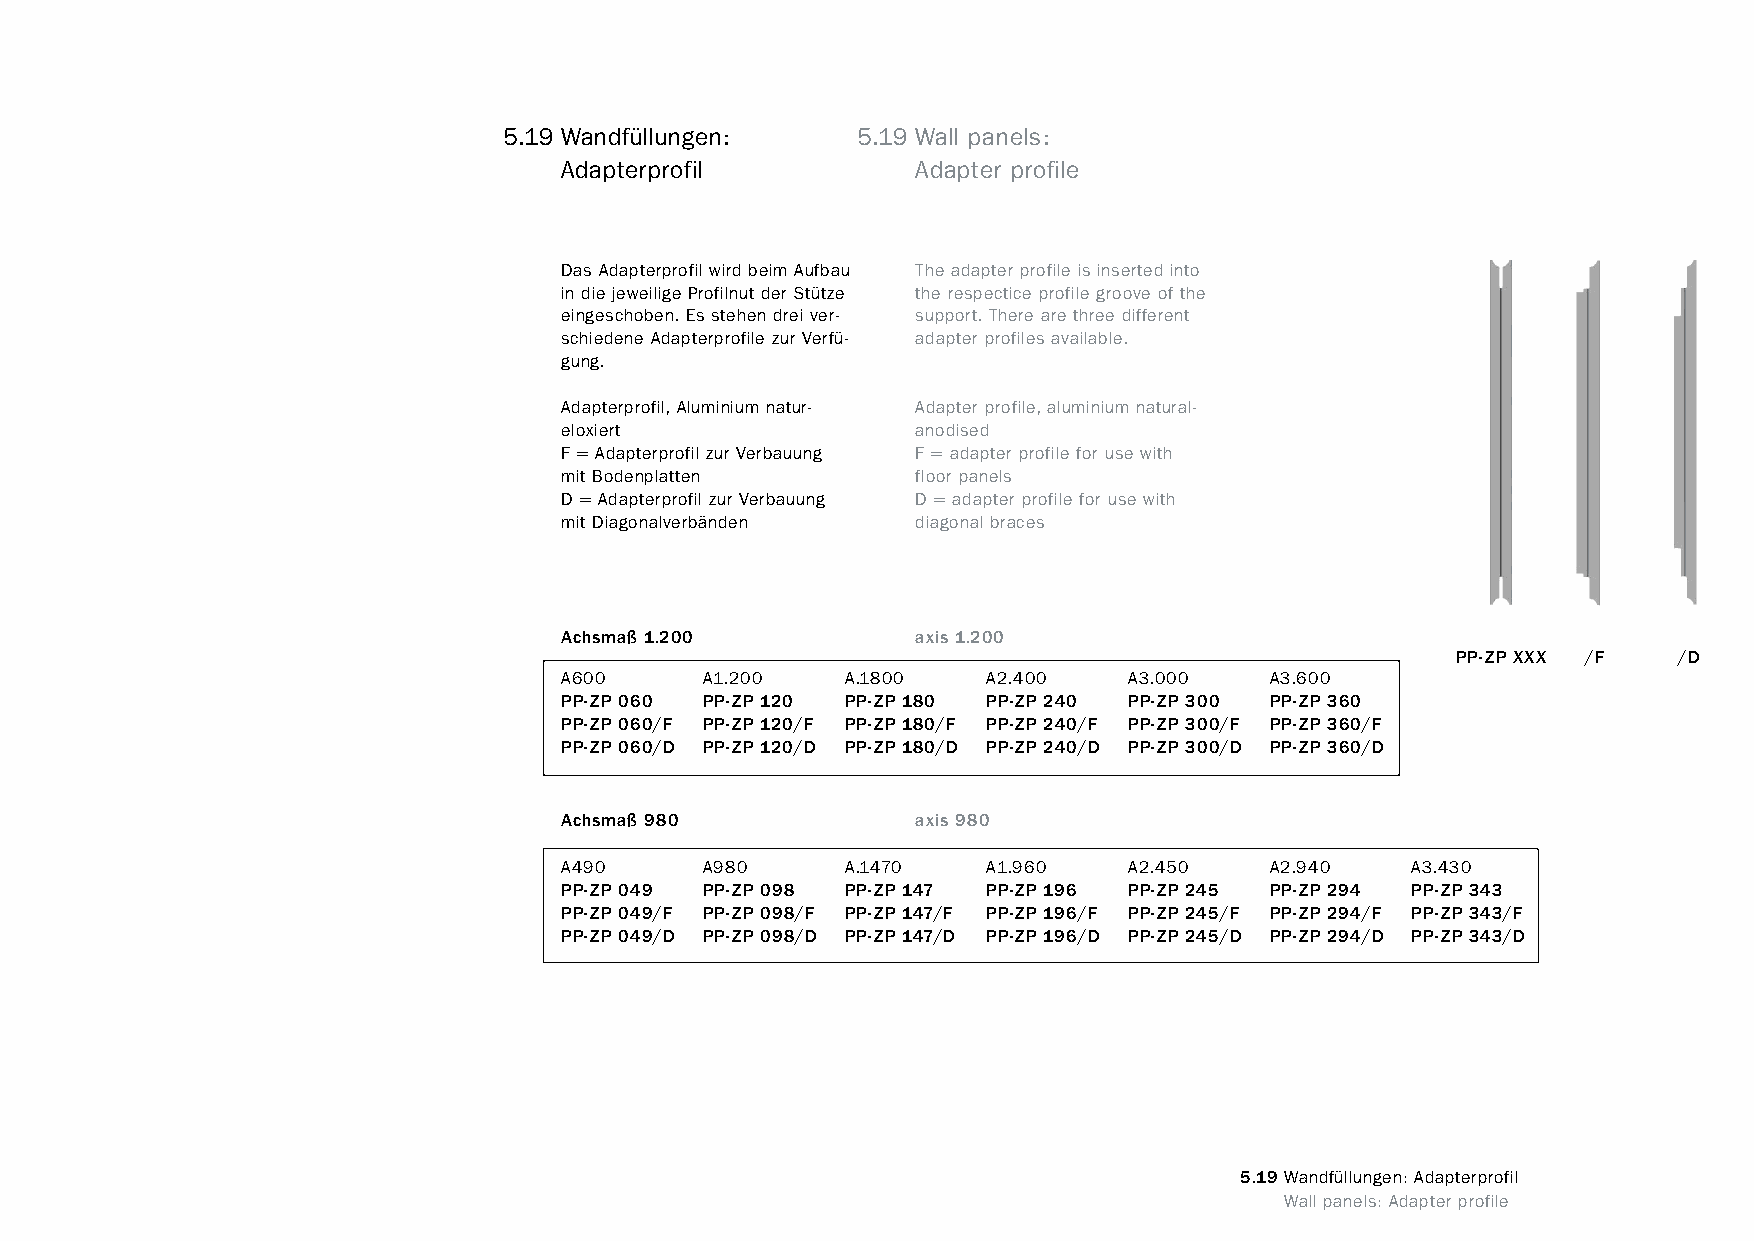
constructivpila petite       5.19 Wandfüllungen:     5.19 Wall panels:
 Adapterprofil           Adapter profile
 Das Adapterprofil wird beim Aufbau The adapter profile is inserted into
 in die jeweilige Profilnut der Stütze the respectice profile groove of the
 eingeschoben. Es stehen drei ver- support. There are three different
 schiedene Adapterprofile zur Verfü- adapter profiles available.
 gung.
 Adapterprofil, Aluminium natur- Adapter profile, aluminium natural-
 eloxiert                anodised
 F = Adapterprofil zur Verbauung F = adapter profile for use with
 mit Bodenplatten        floor panels
 D = Adapterprofil zur Verbauung D = adapter profile for use with
 mit Diagonalverbänden   diagonal braces
 Achsmaß 1.200           axis 1.200
 PP-ZP XXX /F   /D
 A600      A1.200   A.1800   A2.400    A3.000   A3.600
 PP-ZP 060 PP-ZP 120 PP-ZP 180 PP-ZP 240 PP-ZP 300 PP-ZP 360
 PP-ZP 060/F PP-ZP 120/F PP-ZP 180/F PP-ZP 240/F PP-ZP 300/F PP-ZP 360/F
 PP-ZP 060/D PP-ZP 120/D PP-ZP 180/D PP-ZP 240/D PP-ZP 300/D PP-ZP 360/D
 Achsmaß 980             axis 980
 A490      A980     A.1470   A1.960    A2.450   A2.940   A3.430
 PP-ZP 049 PP-ZP 098 PP-ZP 147 PP-ZP 196 PP-ZP 245 PP-ZP 294 PP-ZP 343
 PP-ZP 049/F PP-ZP 098/F PP-ZP 147/F PP-ZP 196/F PP-ZP 245/F PP-ZP 294/F PP-ZP 343/F
 PP-ZP 049/D PP-ZP 098/D PP-ZP 147/D PP-ZP 196/D PP-ZP 245/D PP-ZP 294/D PP-ZP 343/D
 5.19 Wandfüllungen: Adapterprofil
 www.burkhardtleitner.de                                                          Wall panels: Adapter profile